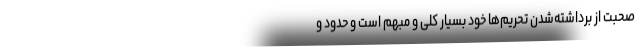
صحبت از برداشته‌شدنِ تحریم­‌ها خود بسیار کّلی و مبهم است و حدود و